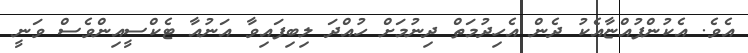
އެވެ. އެކުންފުއްޏާއެކު ދެން އެހިދުމަތް ދިނުމަށް ހުއްދަ ލިބިފައިވާ އަނުއާ ޓެކްސީއިންވެސް ވަނީ